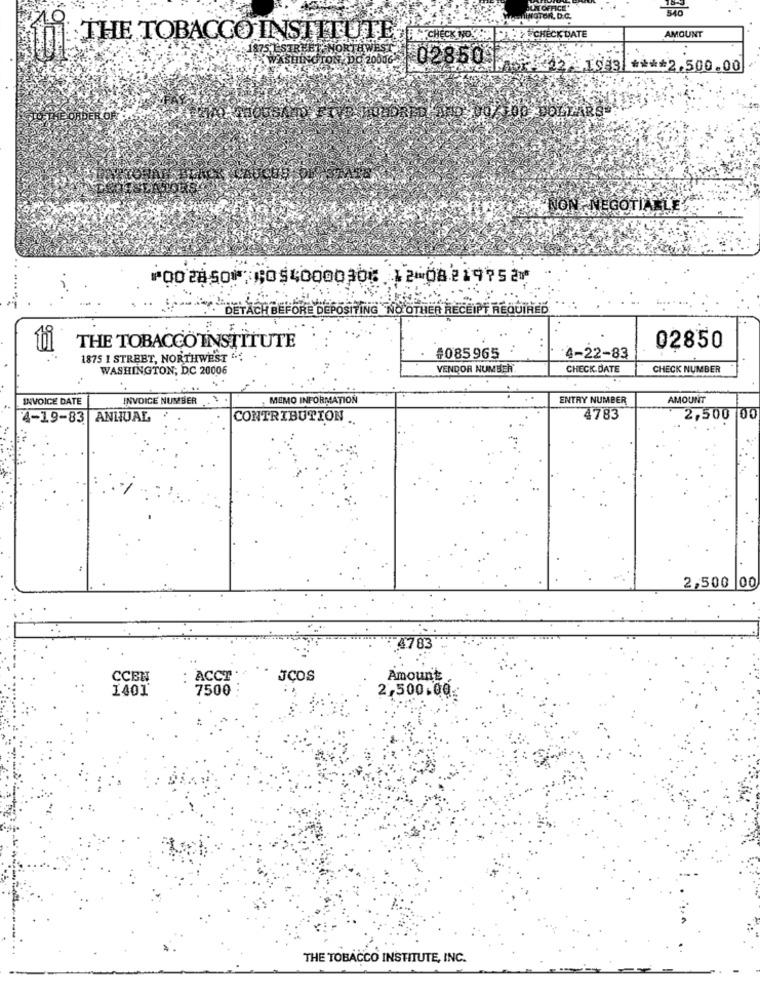
NOFF
540
WMOTOR, D.C.
AMOUNT
THE TOBACCO INSTITUILECCESE
THECHECK DATE
..
1875 ESTREET NORTHWEST 58.50
MINGTON, DO 20006
LARLAELISE3 **** 2,500.00
NO
NEGOTIABLE
⑈002850⑈ ⑆054000030⑆ 12⑉08219752⑈
DETACH BEFORE DEPOSITING NO OTHER RECEIPT REQUIRED
THE TOBACCOINSTITUTE
...
02850
1875 1 STREET, NORTHWEST ...
#085965
4-22-83
WASHINGTON, DC 20006
VENDOR NUMBER
CHECK DATE
CHECK NUMBER
INVOICE DATE
INVOICE NUMBER .
MEMO INFORMATION
ENTRY NUMBER
AMOUNT
4-19-83 ANNUAL
CONTRIBUTION
4783
2,500 00
2,500 00
4783
CCEN
: ACCT
JCOS
Amount
1401
7500
2,500.00.
THE TOBACCO INSTITUTE, INC.